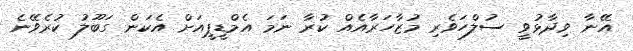
އޭނާ ވިދާޅުވީ ސުލްހަވެރި މުޒާހަރާއެއް ކުރާ ނަމަ އެމްޑީޕީއަށް އެކަން ގަބޫލު ކުރެވޭނެ